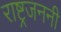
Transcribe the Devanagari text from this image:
राष्ट्रजननी